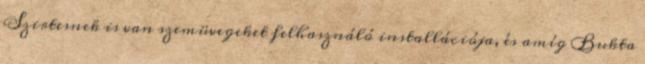
Szirtesnek is van szemüvegeket felhasználó installációja, és amíg Bukta